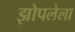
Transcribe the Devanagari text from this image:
झोपलेला